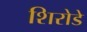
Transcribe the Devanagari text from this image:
शिरोडे